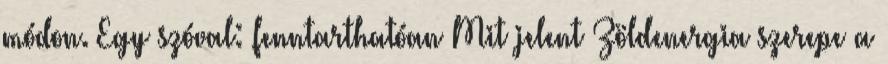
módon. Egy szóval: fenntarthatóan Mit jelent Zöldenergia szerepe a